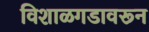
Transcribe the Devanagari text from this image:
विशाळगडावरून